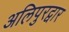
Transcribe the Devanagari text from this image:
अलिपुरद्वार